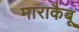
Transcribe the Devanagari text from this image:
माराकैबू